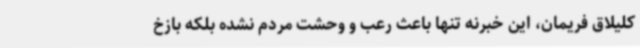
کلیلاق فریمان، این خبرنه تنها باعث رعب و وحشت مردم نشده بلکه بازخ